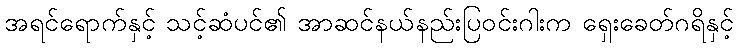
အရင်ရောက်နှင့် သင့်ဆံပင်၏ အာဆင်နယ်နည်းပြဝင်းဂါးက ရှေးခေတ်ဂရိနှင့်